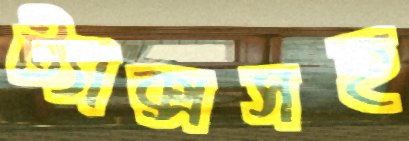
ট্যাক্সসহ